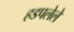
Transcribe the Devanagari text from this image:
हडपलेले